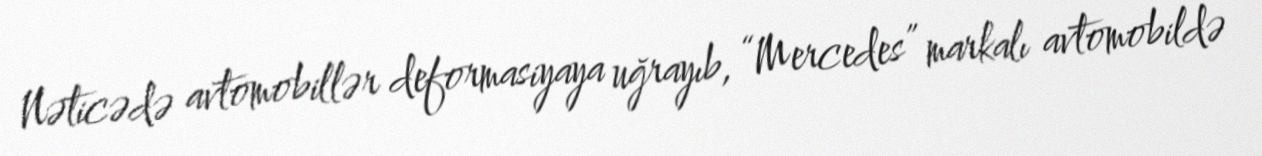
Nəticədə avtomobillər deformasiyaya uğrayıb, “Mercedes” markalı avtomobildə